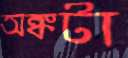
অঙ্কটা